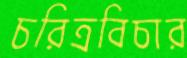
চরিত্রবিচার